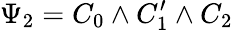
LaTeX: \Psi_{2}=C_{0}\wedge C_{1}^{\prime}\wedge C_{2}